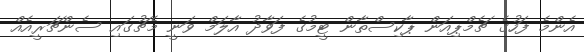
އެންމެ ފަހުގެ ޗެމްޕިއަން ޕާކިސްތާން ޓީމުގެ ފަވާދު އާލަމް ވަނީ މެޗުގައި ސެންޗަރީއެއް